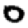
Digit: 0